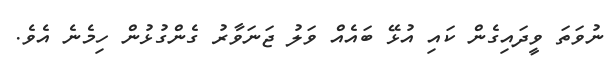
ނުވަތަ ވީދައިގެން ކައި އުޅޭ ބައެއް ވަލު ޖަނަވާރު ގެންގުޅުން ހިމެނެ އެވެ.